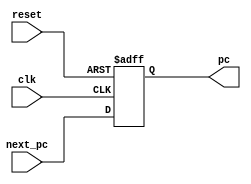
module pc_count(
    input [31:0] next_pc,
    input clk,
    input reset,
    output reg [31:0] pc
);
initial pc=0;
    always@(posedge clk or posedge reset)begin
        if(reset)
        pc=32'h00000000;
        else
        pc=next_pc;
    end
endmodule